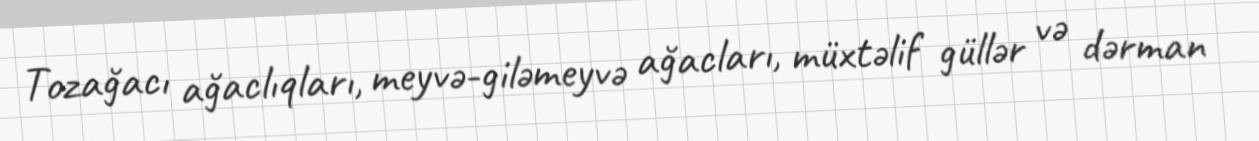
Tozağacı ağaclıqları, meyvə-giləmeyvə ağacları, müxtəlif güllər və dərman